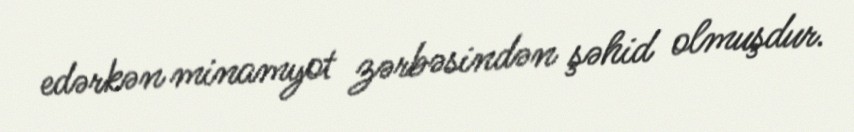
edərkən minamyot zərbəsindən şəhid olmuşdur.